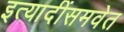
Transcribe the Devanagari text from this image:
इत्यादींसमवेत